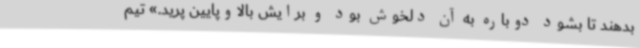
بدهند تا بشود دوباره به آن دلخوش بود و برایش بالاوپایین پرید.» تیم